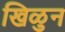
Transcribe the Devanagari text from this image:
खिळुन